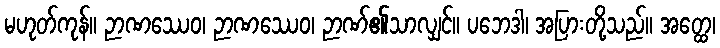
မဟုတ်ကုန်။ ဉာဏဿေဝ၊ ဉာဏဿေဝ၊ ဉာဏ်၏သာလျှင်။ ပဘေဒါ၊ အပြားတို့သည်။ အတ္ထေ၊